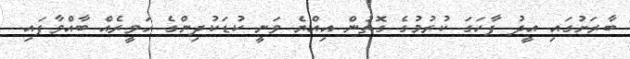
ބާރަށުގައި އީދު ފާހަގަ ކުރުމުގެ ގޮތުން އިއްޔެ ވަނީ ކުޑަކުދިންގެ ހަވީރެއް ބާއްވާފައި.